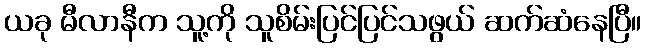
ယခု မီလာနီက သူ့ကို သူစိမ်းပြင်ပြင်သဖွယ် ဆက်ဆံနေပြီ။